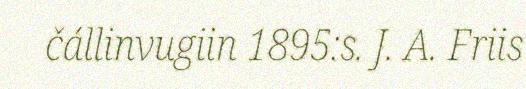
čállinvugiin 1895:s. J. A. Friis